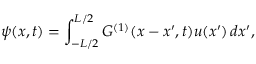
\psi ( x , t ) = \int _ { - L / 2 } ^ { L / 2 } G ^ { ( 1 ) } ( x - x ^ { \prime } , t ) u ( x ^ { \prime } ) \, d x ^ { \prime } ,